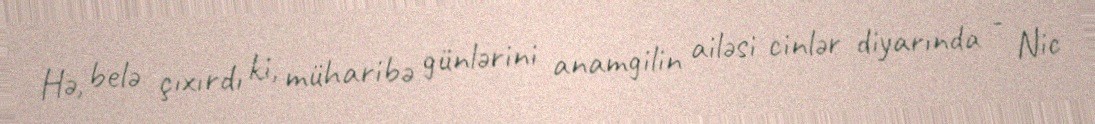
Hə, belə çıxırdı ki, müharibə günlərini anamgilin ailəsi cinlər diyarında - Nic